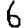
Digit: 6